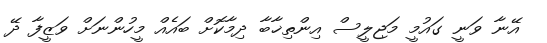
އޭނާ ވަނީ ގައުމީ މަޖިލީސް އިންތިޚާބާ ދިމާކޮށް ބައެއް މީހުންނަށް ވަޒީފާ ދޭ